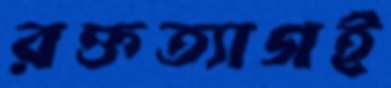
রক্তত্যাগই